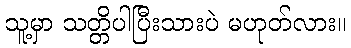
သူ့မှာ သတ္တိပါပြီးသားပဲ မဟုတ်လား။